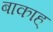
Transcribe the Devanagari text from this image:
बाकाह्